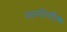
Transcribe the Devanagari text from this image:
खगोलीए